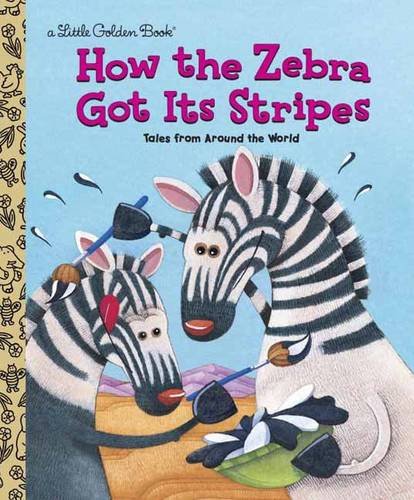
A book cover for How the Zebra Got Its Stripes (Little Golden Book); Justine Fontes; Literature & Fiction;